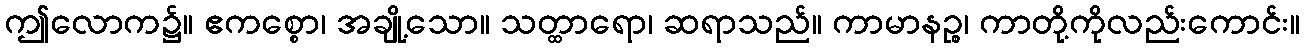
ဤလောက၌။ ဧကစ္စော၊ အချို့သော။ သတ္ထာရော၊ ဆရာသည်။ ကာမာနဉ္စ၊ ကာတို့ကိုလည်းကောင်း။